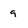
Character: 9